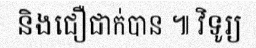
និងជឿជាក់បាន ៕ វិទូរ្យ